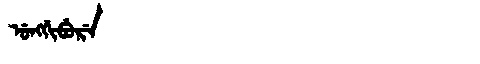
Manchu: ᡠᠩᡤᡳᠪᡠᡵᡝ
Romanization: UNGGIBURE